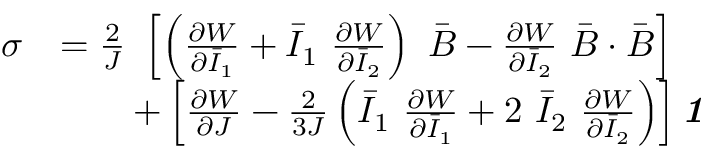
{ \begin{array} { r l } { { \boldsymbol { \sigma } } } & { = { \frac { 2 } { J } } ~ \left[ \left( { \frac { \partial W } { \partial { \bar { I } } _ { 1 } } } + { \bar { I } } _ { 1 } ~ { \frac { \partial W } { \partial { \bar { I } } _ { 2 } } } \right) ~ { \bar { \boldsymbol { B } } } - { \frac { \partial W } { \partial { \bar { I } } _ { 2 } } } ~ { \bar { \boldsymbol { B } } } \cdot { \bar { \boldsymbol { B } } } \right] } \\ & { \qquad + \left[ { \frac { \partial W } { \partial J } } - { \frac { 2 } { 3 J } } \left( { \bar { I } } _ { 1 } ~ { \frac { \partial W } { \partial { \bar { I } } _ { 1 } } } + 2 ~ { \bar { I } } _ { 2 } ~ { \frac { \partial W } { \partial { \bar { I } } _ { 2 } } } \right) \right] { \boldsymbol { \mathit { 1 } } } } \end{array} }